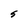
Character: S